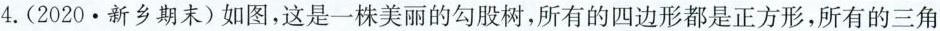
4.(2020·新乡期末)如图，这是一株美丽的勾股树，所有的四边形都是正方形，所有的三角